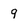
Character: 9